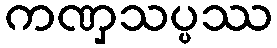
ကဏှသပ္ပဿ